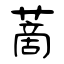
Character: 蔐